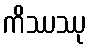
ကိဿဿု